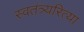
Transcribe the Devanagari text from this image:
स्वतंत्र्यरित्या